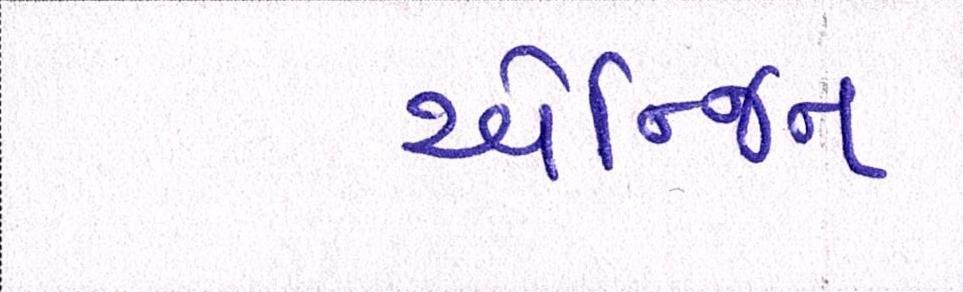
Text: એન્જિન